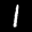
Label: 1